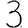
Digit: 3